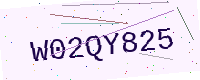
Text: W02QY825